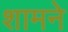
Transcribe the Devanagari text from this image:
शामने